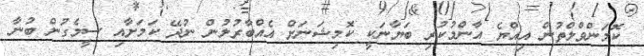
ކޮމަންވްލްތުން އިއްޔެ އާންމުކުރި ބަޔާނަކީ ކޮމިޝަނަށް އެއްބާރުލުން ނުދޭ ކަމަށާއި ސީމެގުން ބުނާ